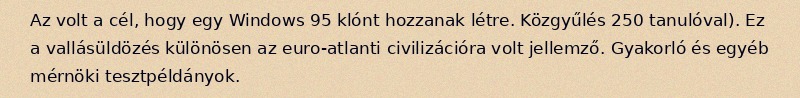
Az volt a cél, hogy egy Windows 95 klónt hozzanak létre. Közgyűlés 250 tanulóval). Ez a vallásüldözés különösen az euro-atlanti civilizációra volt jellemző. Gyakorló és egyéb mérnöki tesztpéldányok.